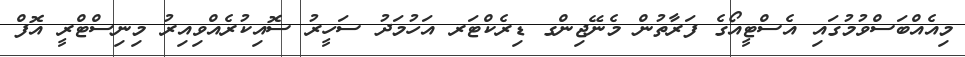
މިއެއްބަސްވުމުގައި އެސްޓީއޯގެ ފަރާތުން މެނޭޖިންގ ޑިރެކްޓަރ އަހުމަދު ސަހީރު ސޮއިކުރެއްވިއިރު މިނިސްޓްރީ އޮފް